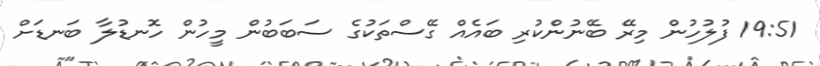
19:51 ފުލުހުން މިރޭ ބޭނުންކުރި ބައެއް ގޭސްތަކުގެ ސަބަބުން މީހުން ހޮނޑުލާ ބަނޑަށް